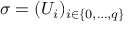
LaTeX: \sigma = ( U _ { i } ) _ { i \in \{ 0 , \ldots , q \} }